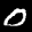
Label: 0